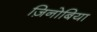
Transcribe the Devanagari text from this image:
ज़िनोबिया